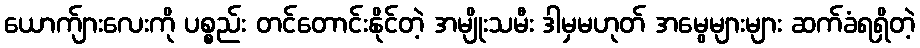
ယောက်ျားလေးကို ပစ္စည်း တင်တောင်းနိုင်တဲ့ အမျိုးသမီး ဒါမှမဟုတ် အမွေများများ ဆက်ခံရရှိတဲ့